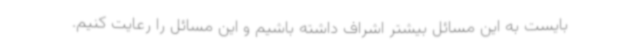
بایست به این مسائل بیشتر اشراف داشته باشیم و این مسائل را رعایت کنیم.